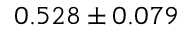
0 . 5 2 8 \pm 0 . 0 7 9